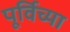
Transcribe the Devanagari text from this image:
पूर्विच्या